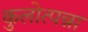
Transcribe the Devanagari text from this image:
कुलोत्पन्ना